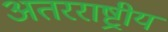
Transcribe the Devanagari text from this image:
अतरराष्ट्रीय